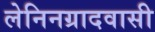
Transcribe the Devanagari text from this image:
लेनिनग्रादवासी